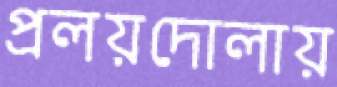
প্রলয়দোলায়